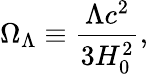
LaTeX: \Omega_{\Lambda}\equiv{\frac{\Lambda c^{2}}{3H_{0}^{2}}},